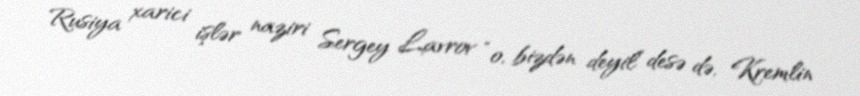
Rusiya xarici işlər naziri Sergey Lavrov “o, bizdən deyil” desə də, Kremlin